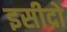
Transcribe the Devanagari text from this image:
इसीद्रो